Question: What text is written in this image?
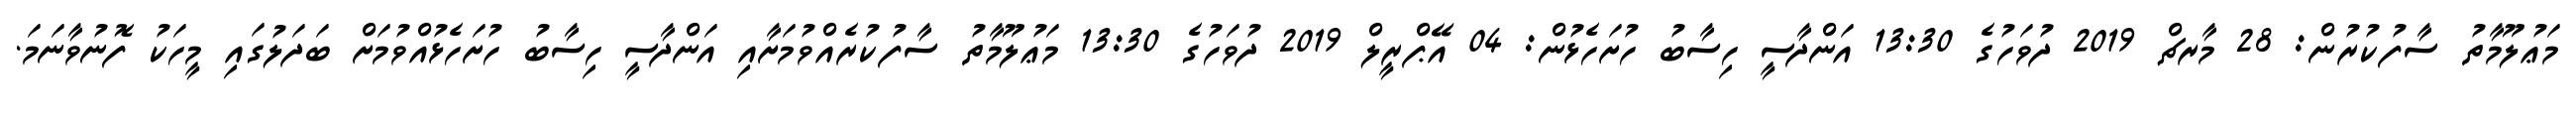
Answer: މަޢުލޫމާތު ސާފުކުރުން: 28 މާރޗް 2019 ދުވަހުގެ 13:30 އަންދާސީ ހިސާބު ހުށަހެޅުން: 04 އޭޕްރީލް 2019 ދުވަހުގެ 13:30 މަޢުލޫމާތު ސާފުކުރެއްވުމަށާއި އަންދާސީ ހިސާބު ހުށަހެޅުއްވުމަށް ބަދަލުގައި މީހަކު ފޮނުވާނަމަ.